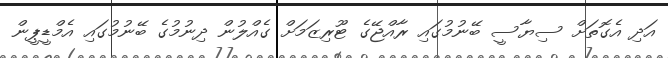
އަދި އެގޮތަށް ސިޔާސީ ބޭނުމުގައި ރާއްޖޭގެ ޓޫރިޒަމަށް ގެއްލުން ދިނުމުގެ ބޭނުމުގައި އެމްޑީޕީން